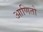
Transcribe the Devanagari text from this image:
आणितो